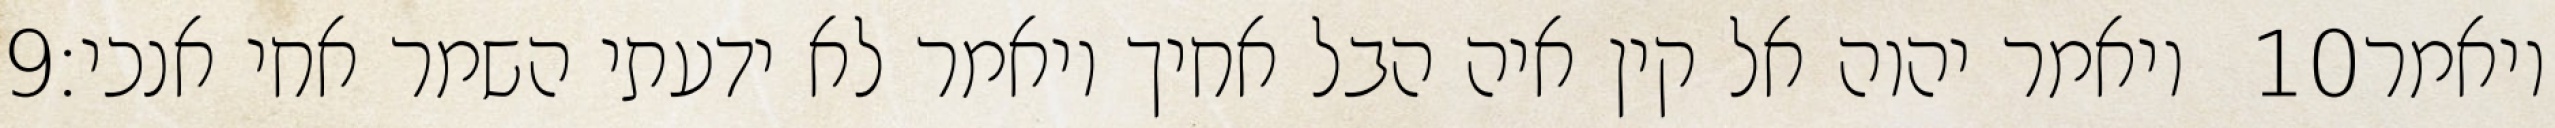
‎9‏ ויאמר יהוה אל קין איה הבל אחיך ויאמר לא ידעתי השמר אחי אנכי׃ ‎10‏ ויאמר